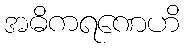
အဓိကရဏေဟိ